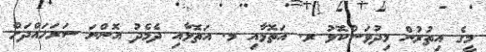
މީގެ އިތުރުން މިދުވަސްކޮޅު ރ. އަތޮޅާއި މ. އަތޮޅާއި ދެމެދު އޮންނަ ސަރަހައްދަށް